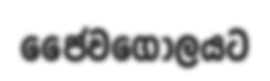
ජෛවගෝලයට